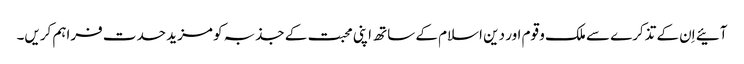
آئیے اِن کے تذکرے سے ملک و قوم اور دین اسلام کے ساتھ اپنی محبت کے جذبہ کو مزید حدت فراہم کریں۔